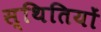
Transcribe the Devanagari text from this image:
स्‍थितियों